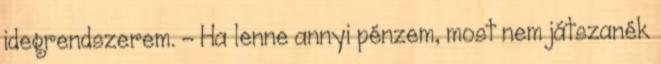
idegrendszerem. - Ha lenne annyi pénzem, most nem játszanék